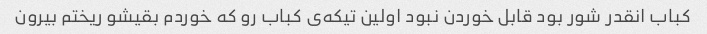
کباب انقدر شور بود قابل خوردن نبود اولین تیکه‌ی کباب رو که خوردم بقیشو ریختم بیرون